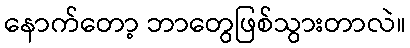
နောက်တော့ ဘာတွေဖြစ်သွားတာလဲ။